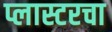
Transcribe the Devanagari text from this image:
प्लास्टरचा